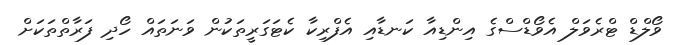
ވޯލްޑް ޓްރެވަލް އެވޯޑްސްގެ އިންޑިއާ ކަނޑާއި އެފްރިކާ ކެޓަގަރީތަކުން ވަނަތައް ހޯދި ފަރާތްތަކަށް